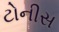
ટોનીસ